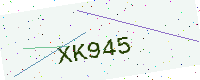
Text: XK945